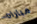
مباراه